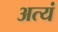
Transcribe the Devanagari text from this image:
अत्यं